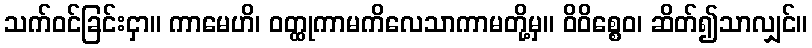
သက်ဝင်ခြင်းငှာ။ ကာမေဟိ၊ ဝတ္ထုကာမကိလေသာကာမတို့မှ။ ဝိဝိစ္စေဝ၊ ဆိတ်၍သာလျှင်။